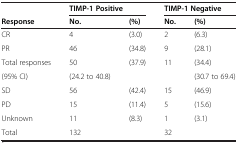
<table><thead><tr><td><b> </b></td><td colspan="2"><b>TIMP-1 Positive</b></td><td colspan="2"><b>TIMP-1 Negative</b></td></tr><tr><td><b>Response</b></td><td><b>No.</b></td><td><b>(%)</b></td><td><b>No.</b></td><td><b>(%)</b></td></tr></thead><tbody><tr><td>CR</td><td>4</td><td>(3.0)</td><td>2</td><td>(6.3)</td></tr><tr><td>PR</td><td>46</td><td>(34.8)</td><td>9</td><td>(28.1)</td></tr><tr><td>Total responses</td><td>50</td><td>(37.9)</td><td>11</td><td>(34.4)</td></tr><tr><td>(95% CI)</td><td>(24.2 to 40.8)</td><td> </td><td> </td><td>(30.7 to 69.4)</td></tr><tr><td>SD</td><td>56</td><td>(42.4)</td><td>15</td><td>(46.9)</td></tr><tr><td>PD</td><td>15</td><td>(11.4)</td><td>5</td><td>(15.6)</td></tr><tr><td>Unknown</td><td>11</td><td>(8.3)</td><td>1</td><td>(3.1)</td></tr><tr><td>Total</td><td>132</td><td> </td><td>32</td><td> </td></tr></tbody></table>